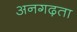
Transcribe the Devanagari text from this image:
अनगढ़ता